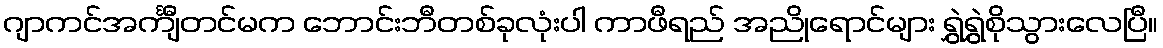
ဂျာကင်အင်္ကျီတင်မက ဘောင်းဘီတစ်ခုလုံးပါ ကာဖီရည် အညိုရောင်များ ရွှဲရွှဲစိုသွားလေပြီ။